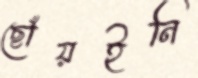
ছোঁয়ইনি